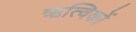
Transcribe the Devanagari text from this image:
ऋत्विकों